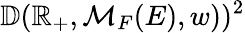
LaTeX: \mathbb{D}(\mathbb{R}_{+},\mathcal{M}_{F}(E),w))^{2}